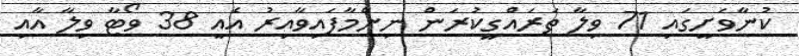
ކުނާވަށީގައި 71 ވިލާ ތަރައްގީކުރަން ނިންމާފައިވާއިރު އެއީ 38 ވޯޓާ ވިލާ އާއި